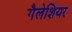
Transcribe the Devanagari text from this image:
गैलेशियर